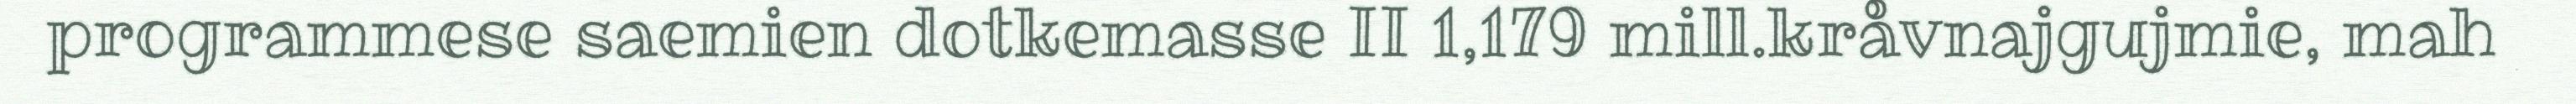
programmese saemien dotkemasse II 1,179 mill.kråvnajgujmie, mah